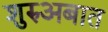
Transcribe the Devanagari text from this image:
शुरुअबात